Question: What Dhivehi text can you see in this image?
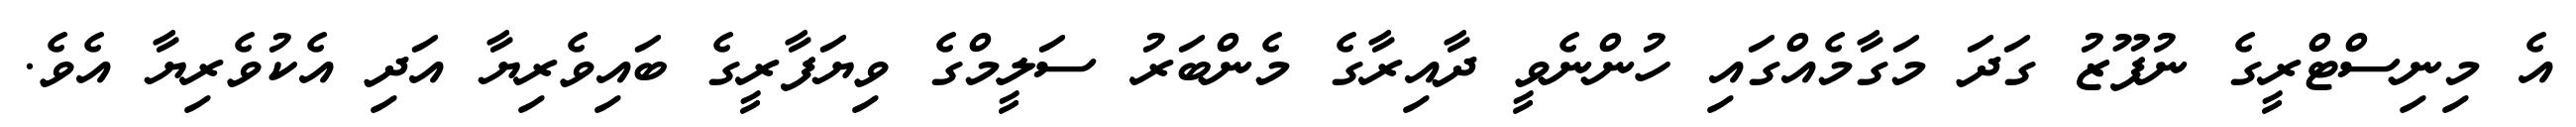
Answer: އެ މިނިސްޓްރީގެ ނުފޫޒު ގަދަ މަގާމެއްގައި ހުންނެވީ ދާއިރާގެ މެންބަރު ސަލީމްގެ ވިޔަފާރީގެ ބައިވެރިޔާ އަދި އެކުވެރިޔާ އެވެ.